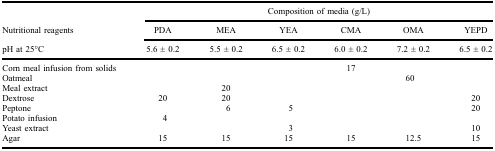
|  | <COLSPAN=6> Composition of media (g/L) |
 | Nutritional reagents | PDA | MEA | YEA | CMA | OMA | YEPD |
 | pH at 25°C | 5.6 ± 0.2 | 5.5 ± 0.2 | 6.5 ± 0.2 | 6.0 ± 0.2 | 7.2 ± 0.2 | 6.5 ± 0.2 |
 | --- | --- | --- | --- | --- | --- | --- |
 | Corn meal infusion from solids |  |  |  | 17 |  |  |
 | Oatmeal |  |  |  |  | 60 |  |
 | Meal extract |  | 20 |  |  |  |  |
 | Dextrose | 20 | 20 |  |  |  | 20 |
 | Peptone |  | 6 | 5 |  |  | 20 |
 | Potato infusion | 4 |  |  |  |  |  |
 | Yeast extract |  |  | 3 |  |  | 10 |
 | Agar | 15 | 15 | 15 | 15 | 12.5 | 15 |